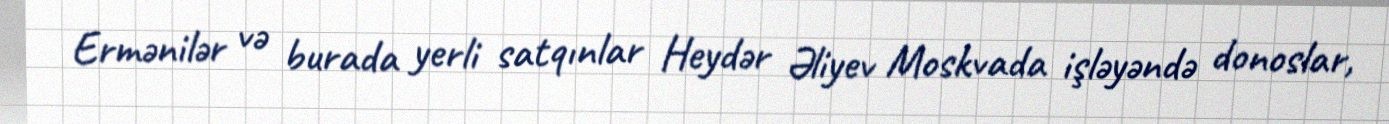
Ermənilər və burada yerli satqınlar Heydər Əliyev Moskvada işləyəndə donoslar,